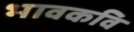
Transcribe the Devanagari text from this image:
भावकवि